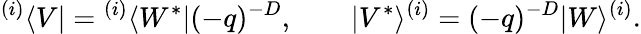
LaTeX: {}^{(i)}\langle V|={}^{(i)}\langle W^{*}|(-q)^{-D},\qquad|V^{*}\rangle^{(i)}=(-q)^{-D}|W\rangle^{(i)}.